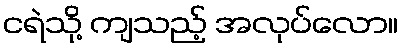
ငရဲသို့ ကျသည့် အလုပ်လော။